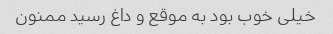
خیلی خوب بود به موقع و داغ رسید ممنون